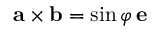
\mathbf { a } \times \mathbf { b } = \sin \varphi \, { \mathbf e }